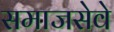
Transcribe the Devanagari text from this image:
समाजसेवे